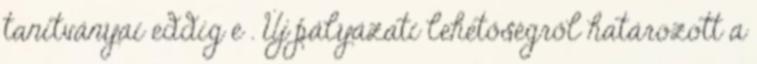
tanítványai eddig e . Új pályázati lehetőségről határozott a